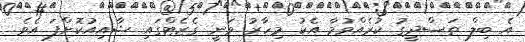
އެ ބިލް ތަސްދީގު ކުރެއްވުމާ އެކު މިހާރު ވަނީ ގެޒެޓްގައި ޝާއިއުކޮށްފަ އެވެ.